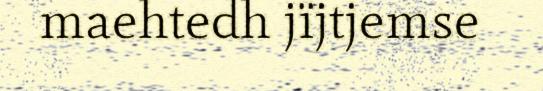
maehtedh jïjtjemse